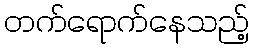
တက်ရောက်နေသည့်